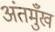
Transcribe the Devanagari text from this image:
अंतमुँख